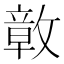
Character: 𭤊